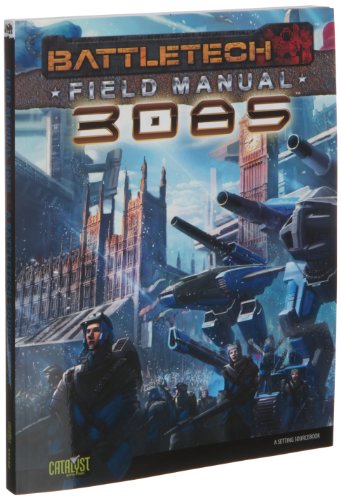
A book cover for Battletech Field Manual 3085 (Battletech (Unnumbered)); Catalyst Game Labs; Science Fiction & Fantasy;